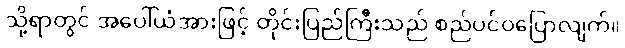
သို့ရာတွင် အပေါ်ယံအားဖြင့် တိုင်းပြည်ကြီးသည် စည်ပင်ဝပြောလျက်။